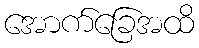
အောက်ခြေအထိ